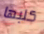
كلبها